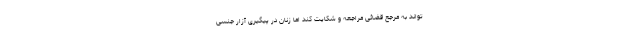
تواند به مرجع قضائی مراجعه و شکایت کند اما زنان در پیگیری آزار جنسی